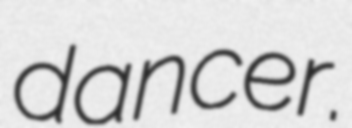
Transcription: dancer.